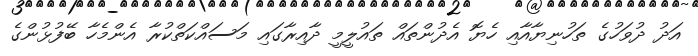
އަދު ދުވަހުގެ ތަހުނިޔާއާއި ހެޔޮ އެދުންތައް ތައުލީމީ ދާއިރާގައި މަސައްކަތްކުރާ އެންމެހާ ބޭފުޅުންގެ